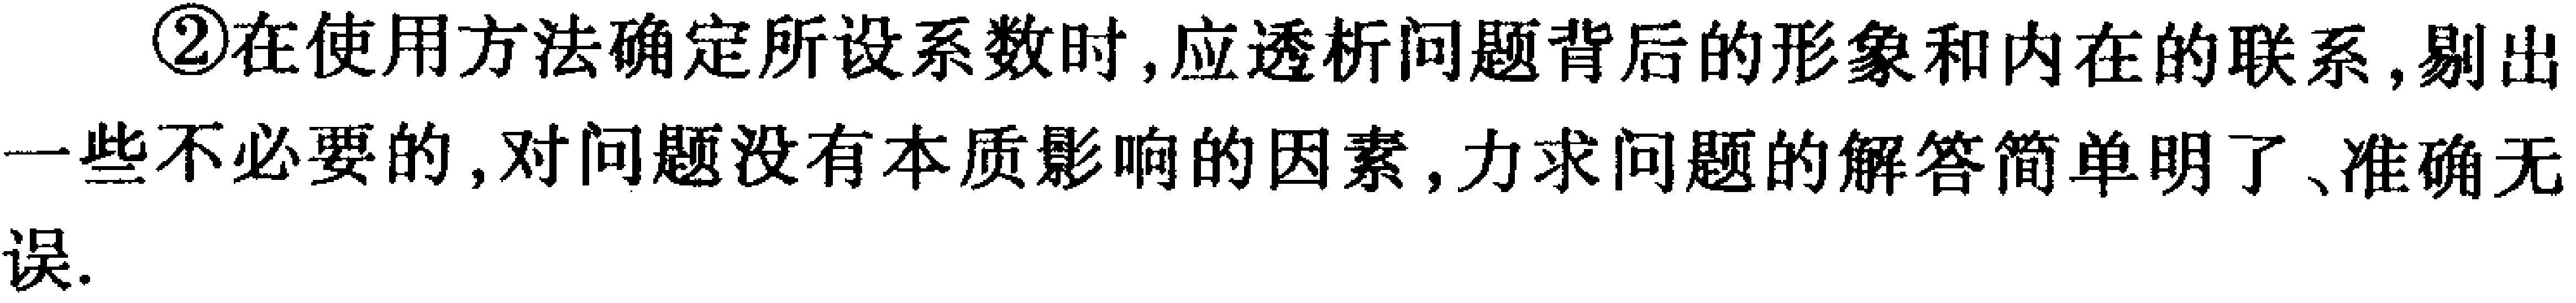
\textcircled{2}在使用方法确定所设系数时, 应透析问题背后的形象和内在的联系, 剔出一些不必要的, 对问题没有本质影响的因素, 力求问题的解答简单明了、准确无误.